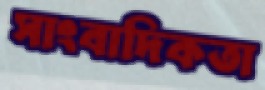
সাংবাদিকতা